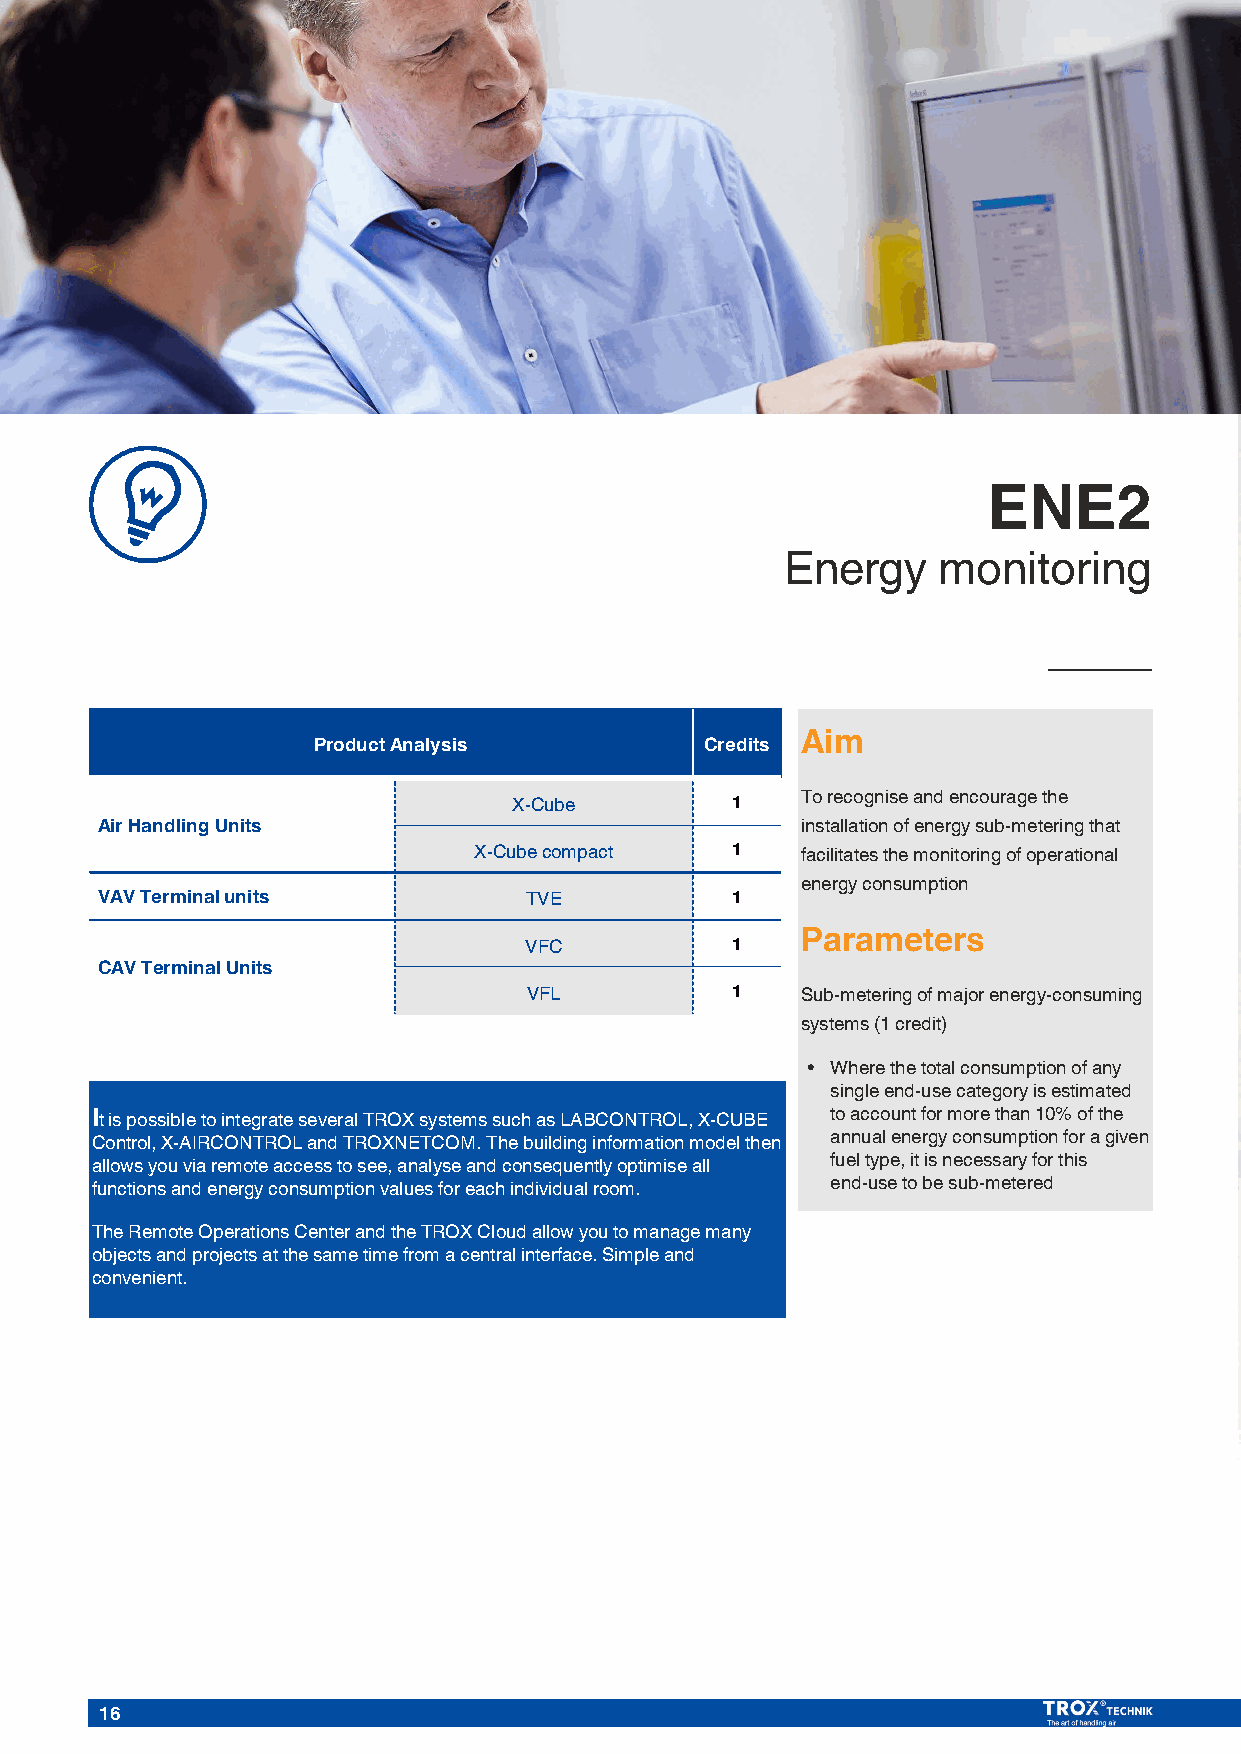
ENE2
 Energy    monitoring
 Product Analysis          Credits Aim
 To recognise and encourage the
 X-Cube        1
 Air Handling Units                             installation of energy sub-metering that
 X-Cube compact   1    facilitates the monitoring of operational
 energy consumption
 VAV Terminal units           TVE          1
 VFC          1    Parameters
 CAV Terminal Units
 VFL          1    Sub-metering of major energy-consuming
 systems (1 credit)
 • Where the total consumption of any
 single end-use category is estimated
 It is possible to integrate several TROX systems such as LABCONTROL, X-CUBE to account for more than 10% of the
 Control, X-AIRCONTROL and TROXNETCOM. The building information model then annual energy consumption for a given
 allows you via remote access to see, analyse and consequently optimise all fuel type, it is necessary for this
 functions and energy consumption values for each individual room. end-use to be sub-metered
 The Remote Operations Center and the TROX Cloud allow you to manage many
 objects and projects at the same time from a central interface. Simple and
 convenient.
 16